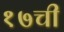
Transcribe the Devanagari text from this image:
१७ची